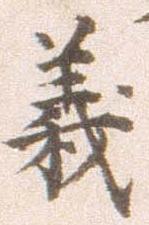
義